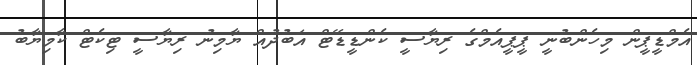
އެމްޑީޕީން މިހެންބުނީ ޕީޕީއެމްގެ ރިޔާސީ ކެންޑީޑޭޓް އަބުދުއް ޔާމިނު ރިޔާސީ ޓިކެޓް ކާމިޔާބު